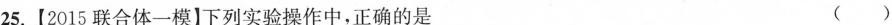
25.【2015联合体一模】下列实验操作中，正确的是 ( )